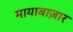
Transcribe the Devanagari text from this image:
मायाबाज़ार